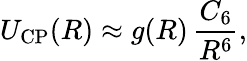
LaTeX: U_{\mathrm{CP}}(R)\approx g(R)\, \frac{C_{6}}{R^{6}},